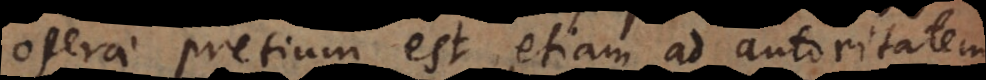
operae pretium est, etiam ad autoritatem